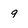
Character: 9